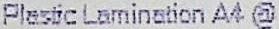
PLASTIC LAMINATION A4 @